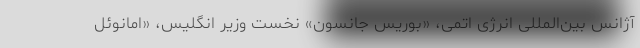
آژانس بین‌المللی انرژی اتمی، «بوریس جانسون» نخست وزیر انگلیس، «امانوئل